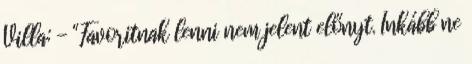
Villa: - "Favoritnak lenni nem jelent előnyt. Inkább ne